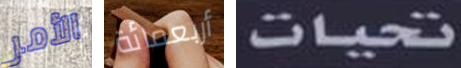
الأمر أربعمائة تحيات